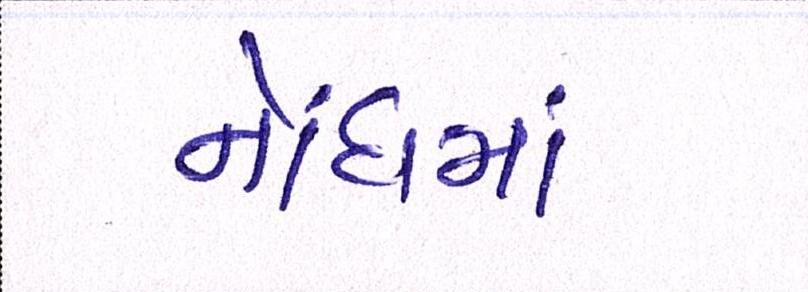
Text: નોંધમાં